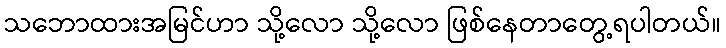
သဘောထားအမြင်ဟာ သို့လော သို့လော ဖြစ်နေတာတွေ့ရပါတယ်။